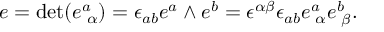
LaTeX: e = \mathrm { d e t } ( e _ { \, \, \alpha } ^ { a } ) = \epsilon _ { a b } e ^ { a } \wedge e ^ { b } = \epsilon ^ { \alpha \beta } \epsilon _ { a b } e _ { \, \, \alpha } ^ { a } e _ { \, \, \beta } ^ { b } .